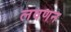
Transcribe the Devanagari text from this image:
लवणन